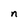
Character: n